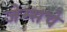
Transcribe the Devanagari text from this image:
जेम्सचे